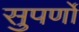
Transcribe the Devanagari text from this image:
सुपर्णों